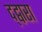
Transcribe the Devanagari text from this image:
द्द्वारा